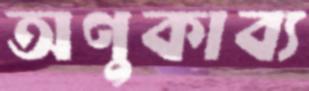
অণুকাব্য